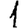
Digit: 1